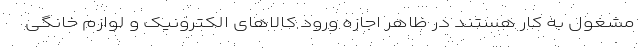
مشغول به کار هستند در ظاهر اجازه ورود کالاهای الکترونیک و لوازم خانگی